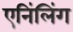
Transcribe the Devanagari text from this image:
एनिंलिंग